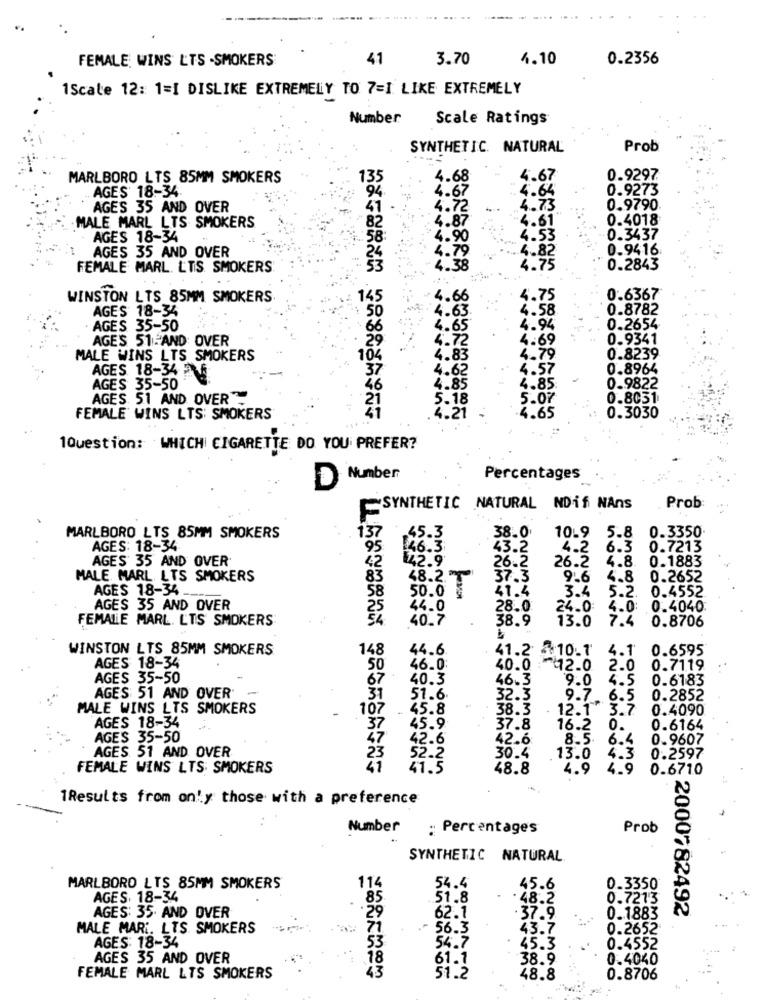
FEMALE WINS L'TS -SMOKERS
41
3.70
4.10
0.2356
1Scale 12: 1=I DISLIKE EXTREMELY TO 7=I LIKE EXTREMELY
Number
Scale Ratings
SYNTHETIC. NATURAL
Prob
MARLBORO LTS 85MM SMOKERS
4.68
4.6
0.9297
AGES 18-34
4.64
0.9273
4.67
AGES 35 AND OVER
4.72
4.73
0.9790
-4.61"
0.4018
MALE MARL LTS SMOKERS
4.87
AGES 18-34
58:
4.90
4.53
0.3437
.4.82
0.9416
AGES 35 AND OVER
4.79
FEMALE MARL. LTS SMOKERS
4.38
4.75
0.2843
WINSTON LTS 85MM SMOKERS
45
4.66
4.75
0.6367
AGES 18-34
50
4.58
0.8782
4.63.
. AGES 35-50
4.65
4.94
0.2654
AGES 51-AND OVER
4.69
0.9341
4.72
0.8239
MALE WINS LTS SMOKERS
4.83
4.79
AGES 18-34 1
4.57
0.8964
4.62
0.9822
ES 35-50
4.85
4.85
AGES 51 AND OVER
5.18
5.07
0.8031
0.3030
FEMALE WINS LTS SMOKERS
.4.21
4. 65
1Question: WHICH CIGARETTE DO YOU PREFER?
DNumber
Percentages
SYNTHETIC NATURAL NDif NAns
Prob:
MARLBORO LTS 85MM SMOKERS
137
45.3
38.0
10.9 5.8 0.3350
AGES: 18-34
46.3
43.2
4.2 6.3
0.7213
AGES 35 AND OVER
42.9
26.2
26.2
4.8.
0.1883
MALE MARL LTS SMOKERS
48.2
37.3
9-6
4.8 0.2652
AGES 18-34.
50.0
41.4
5.2.
0.4552
58
3.4
AGES 35 AND OVER
44.0
28.0
24.0:
4.0: 0.4040
FEMALE MARL. LTS SMOKERS
40.7
MMONOON
38.9
7.4
0.8706
13.0
WINSTON LTS 85MM SMOKERS
148
44.6
41.2
4.10.1
4.1
0.6595
AGES 18-34
50
46.0:
40.0
:~ 12.0
2.0
0.71.19
AGES 35-50
67
40.3
46.3
4.5
0.6183
-
9.0
AGES 51 AND OVER
31
51.6.
32.3
9.7
6.5
0.2852
MALE WINS LTS SMOKERS
107
45.8
38.3
12.1 3.7
0.4090
AGES 18-34
45.9
37.8
16.2
0.
0.6164
AGES 35-50
42.6
42.6
8.5 6.4
0.9607
52.2
4.3
: AGES 51 AND OVER
23
30.4
13.0
0.2597
FEMALE WINS LTS: SMOKERS
41.5
48.8
4.9
4.9 0.6710
1Results from on'y those with a preference
Number
: Percentages
Prob
SYNTHETIC NATURAL
MARLBORO LTS 85MM SMOKERS
11
54.4
45.6
0.3350
AGES. 18-34
85
.51.8
. 48.2
0.7273
0.1883
2000782492
AGES: 35 AND OVER
.29
62.1
. 37.9
MALE MARI. LTS SMOKERS
71
~ 56.3
43.7
0.2652:
54.7
AGES: 18-34
53
45.3
0.4552
AGES 35 AND OVER
18
61.1
38.9
0.4040
43
FEMALE MARL LTS SMOKERS
51.2
48.8
0.8706